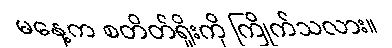
မနေ့က စတိတ်ရှိုးကို ကြိုက်သလား။